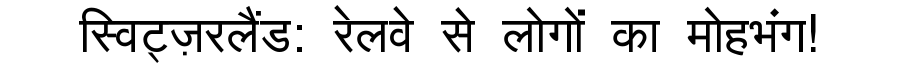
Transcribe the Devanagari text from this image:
स्विट्ज़रलैंड: रेलवे से लोगों का मोहभंग!